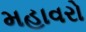
મહાવરો